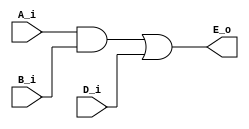
module wire_not_use (
    input   A_i,
    input   B_i,
    input   D_i,
    output  E_o
);

    assign  E_o = ((A_i & B_i) | D_i);
    
endmodule